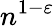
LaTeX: n^{1-\varepsilon}